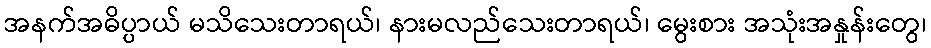
အနက်အဓိပ္ပာယ် မသိသေးတာရယ်၊ နားမလည်သေးတာရယ်၊ မွေးစား အသုံးအနှုန်းတွေ၊